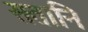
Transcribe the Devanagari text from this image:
सतानि